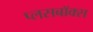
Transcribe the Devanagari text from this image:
प्लसबॉक्स